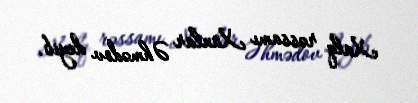
Xalq rəssamı Xanlar Əhmədov deyib.